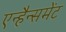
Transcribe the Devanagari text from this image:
एन्हैन्समेंट